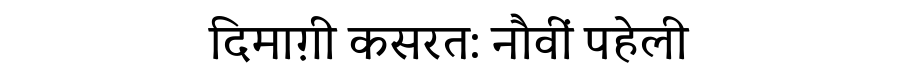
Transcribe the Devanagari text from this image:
दिमाग़ी कसरत: नौवीं पहेली